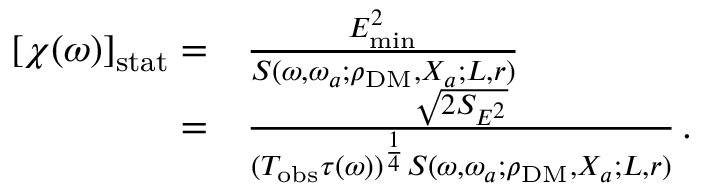
\begin{array} { r l } { \left[ \chi ( \omega ) \right] _ { \mathrm { s t a t } } = } & { { } \frac { E _ { \mathrm { m i n } } ^ { 2 } } { S ( \omega , \omega _ { a } ; \rho _ { \mathrm { D M } } , X _ { a } ; L , r ) } \, } \\ { = } & { { } \frac { \sqrt { 2 S _ { E ^ { 2 } } } } { ( T _ { \mathrm { o b s } } \tau ( \omega ) ) ^ { \frac { 1 } { 4 } } S ( \omega , \omega _ { a } ; \rho _ { \mathrm { D M } } , X _ { a } ; L , r ) } \, . } \end{array}